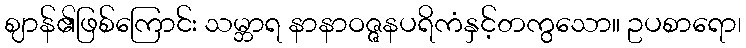
ဈာန်၏ဖြစ်ကြောင်း သမ္ဘာရ နာနာဝဇ္ဇနပရိကံနှင့်တကွသော။ ဥပစာရော၊